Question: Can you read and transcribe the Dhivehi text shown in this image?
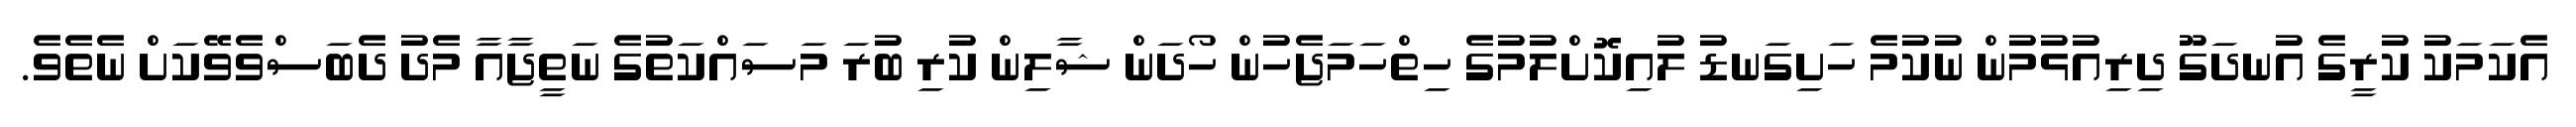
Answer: އެކަމަކު ކުރީގެ އުނދަގޫ ދިރިއުޅުމުން ނުކުމެ ހަށިގަނޑު ލުއިކޮށްލުމުގެ ހިތްހަމަޖެހުން ހޯދަން ޝާލިން ކުރި ބުރަ މަސައްކަތުގެ ނަތީޖާއާ މެދު ދެބަސްވެވޭކަށް ނެތެވެ.